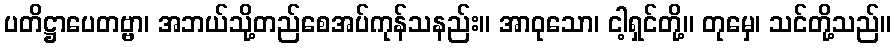
ပတိဋ္ဌာပေတဗ္ဗာ၊ အဘယ်သို့တည်စေအပ်ကုန်သနည်း။ အာဝုသော၊ ငါ့ရှင်တို့။ တုမှေ၊ သင်တို့သည်။